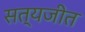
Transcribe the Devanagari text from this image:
सत्‍यजीत